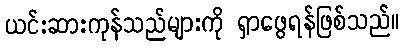
ယင်းဆားကုန်သည်များကို ရှာဖွေရန်ဖြစ်သည်။